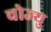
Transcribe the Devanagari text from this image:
चोज्यु